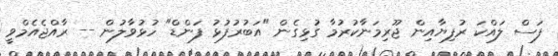
ފަސް ލައްކަ ރުފިޔާއިން ޖޫރިމަނާކުރުމާ ގުޅިގެން "އަބުރުފުޅު ފަންޑް" ހުޅުވާލުން -- ރާއްޖެއެމްވީ